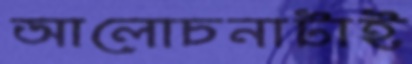
আলোচনাটাই